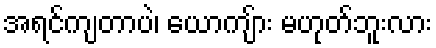
အရင်ကျတာပဲ၊ ယောကျ်ား မဟုတ်ဘူးလား